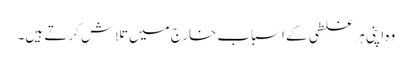
وہ اپنی ہر غلطی کے اسباب خارج میں تلاش کرتے ہیں۔